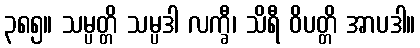
၃၈၅။ သမ္ပတ္တိ သမ္ပဒါ လက္ခီ၊ သိရီ ဝိပတ္တိ အာပဒါ။